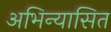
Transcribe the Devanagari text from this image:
अभिन्यासित